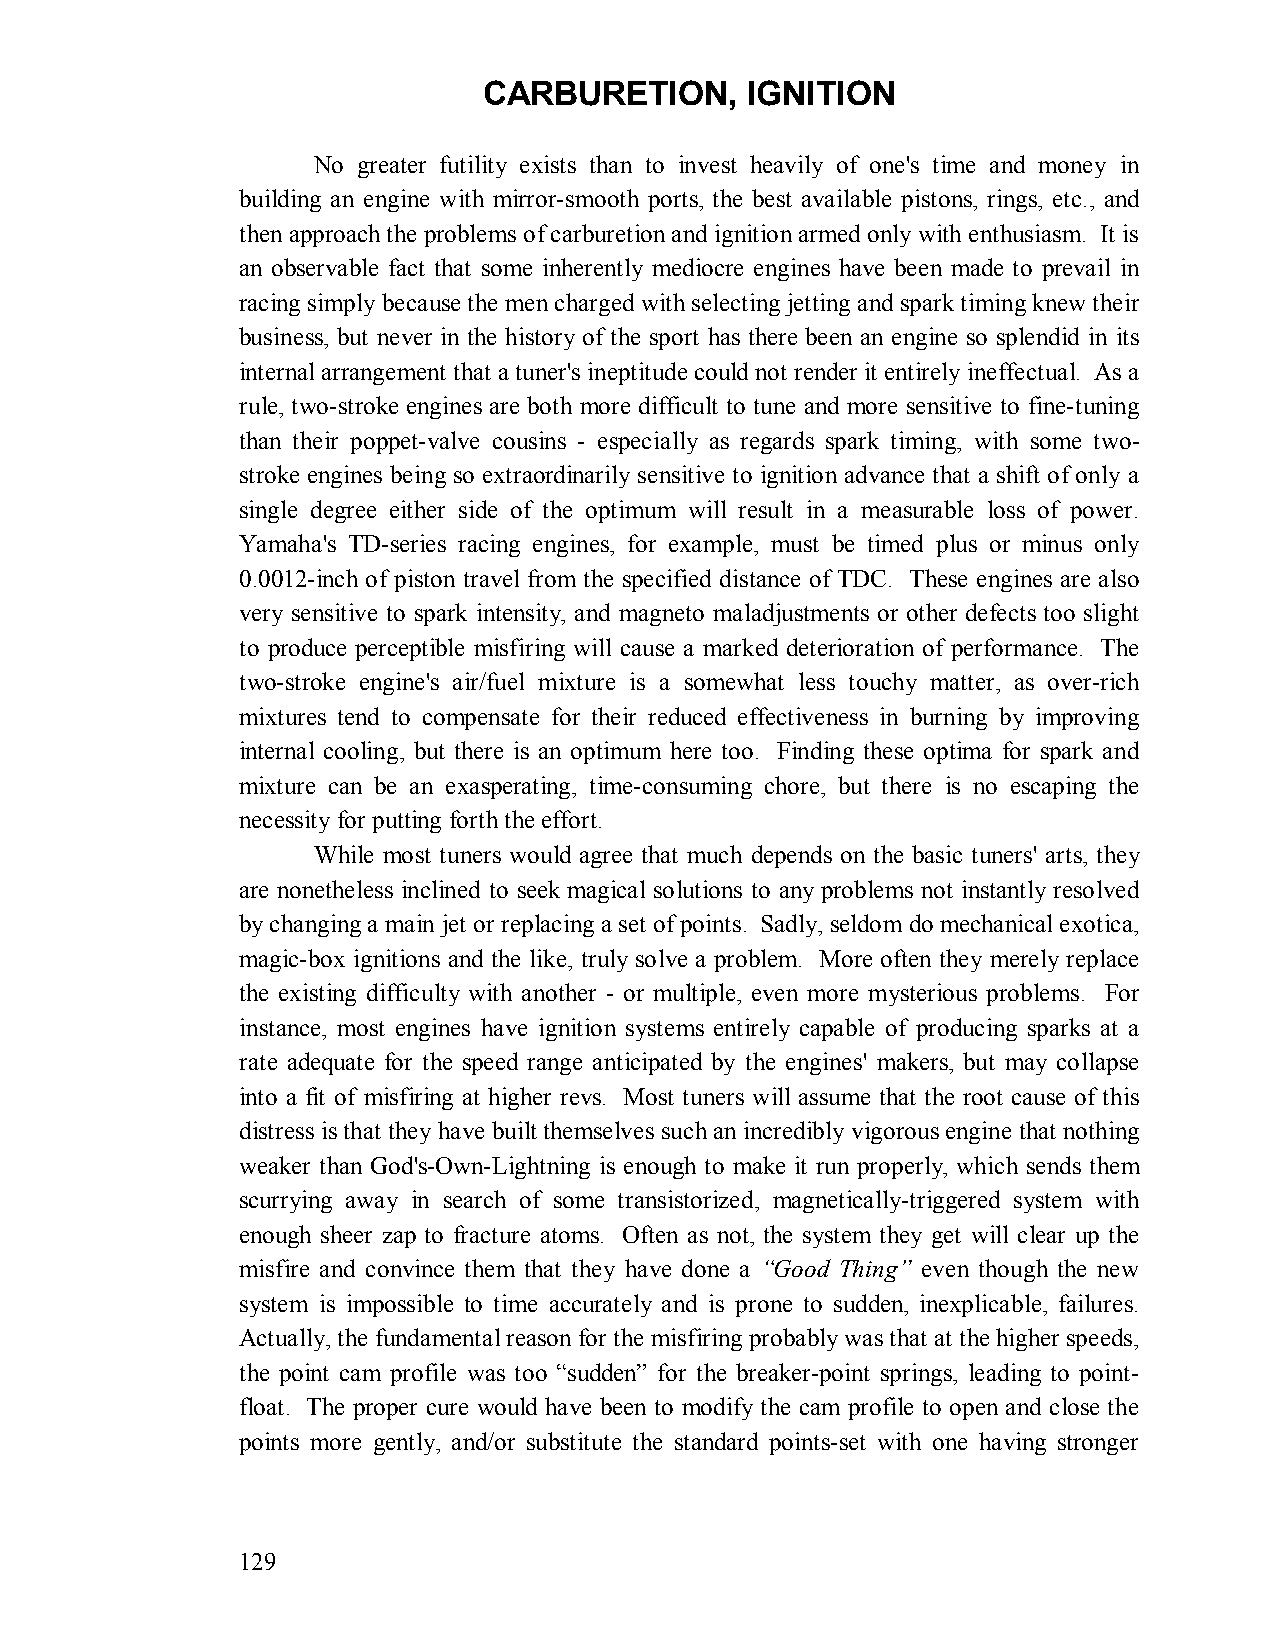
CARBURETION,     IGNITION
 No greater futility exists than to invest heavily of one's time and money in
 building an engine with mirror-smooth ports, the best available pistons, rings, etc., and
 then approach the problems of carburetion and ignition armed only with enthusiasm. It is
 an observable fact that some inherently mediocre engines have been made to prevail in
 racing simply because the men charged with selecting jetting and spark timing knew their
 business, but never in the history of the sport has there been an engine so splendid in its
 internal arrangement that a tuner's ineptitude could not render it entirely ineffectual. As a
 rule, two-stroke engines are both more difficult to tune and more sensitive to fine-tuning
 than their poppet-valve cousins - especially as regards spark timing, with some two-
 stroke engines being so extraordinarily sensitive to ignition advance that a shift of only a
 single degree either side of the optimum will result in a measurable loss of power.
 Yamaha's TD-series racing engines, for example, must be timed plus or minus only
 0.0012-inch of piston travel from the specified distance of TDC. These engines are also
 very sensitive to spark intensity, and magneto maladjustments or other defects too slight
 to produce perceptible misfiring will cause a marked deterioration of performance. The
 two-stroke engine's air/fuel mixture is a somewhat less touchy matter, as over-rich
 mixtures tend to compensate for their reduced effectiveness in burning by improving
 internal cooling, but there is an optimum here too. Finding these optima for spark and
 mixture can be an exasperating, time-consuming chore, but there is no escaping the
 necessity for putting forth the effort.
 While most tuners would agree that much depends on the basic tuners' arts, they
 are nonetheless inclined to seek magical solutions to any problems not instantly resolved
 by changing a main jet or replacing a set of points. Sadly, seldom do mechanical exotica,
 magic-box ignitions and the like, truly solve a problem. More often they merely replace
 the existing difficulty with another - or multiple, even more mysterious problems. For
 instance, most engines have ignition systems entirely capable of producing sparks at a
 rate adequate for the speed range anticipated by the engines' makers, but may collapse
 into a fit of misfiring at higher revs. Most tuners will assume that the root cause of this
 distress is that they have built themselves such an incredibly vigorous engine that nothing
 weaker than God's-Own-Lightning is enough to make it run properly, which sends them
 scurrying away in search of some transistorized, magnetically-triggered system with
 enough sheer zap to fracture atoms. Often as not, the system they get will clear up the
 misfire and convince them that they have done a “Good Thing” even though the new
 system is impossible to time accurately and is prone to sudden, inexplicable, failures.
 Actually, the fundamental reason for the misfiring probably was that at the higher speeds,
 the point cam profile was too “sudden” for the breaker-point springs, leading to point-
 float. The proper cure would have been to modify the cam profile to open and close the
 points more gently, and/or substitute the standard points-set with one having stronger
 129